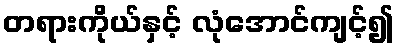
တရားကိုယ်နှင့် လုံအောင်ကျင့်၍